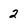
Character: 2